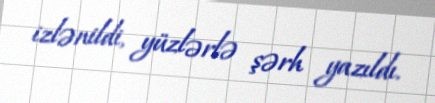
izlənildi, yüzlərlə şərh yazıldı.